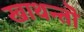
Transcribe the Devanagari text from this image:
खाथन्तॊ